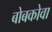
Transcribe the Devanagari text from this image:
बोबकोवा